画像に写った文字を読んでください
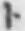
「ト」と書いてあります